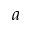
a